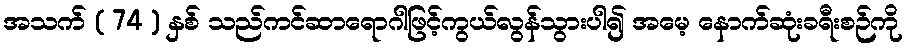
အသက် ( 74 ) နှစ် သည်ကင်ဆာရောဂါဖြင့်ကွယ်လွန်သွားပါ၍ အမေ့ နောက်ဆုံးခရီးစဉ်ကို